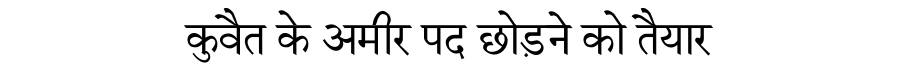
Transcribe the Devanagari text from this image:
कुवैत के अमीर पद छोड़ने को तैयार